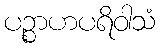
ပဉ္စာဟပရိဝါသံ